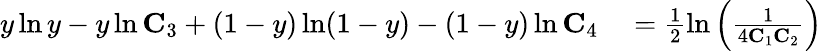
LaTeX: \begin{array}{rl}{y\ln y-y\ln\mathbf{C}_{3}+(1-y)\ln(1-y)-(1-y)\ln\mathbf{C}_{4}}&{{}=\frac{1}{2}\ln\left(\frac{1}{4\mathbf{C}_{1}\mathbf{C}_{2}}\right)}\end{array}